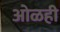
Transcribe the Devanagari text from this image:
ओळही